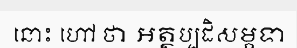
នោះ ហៅ ថា អត្ថប្បដិសម្ភទា